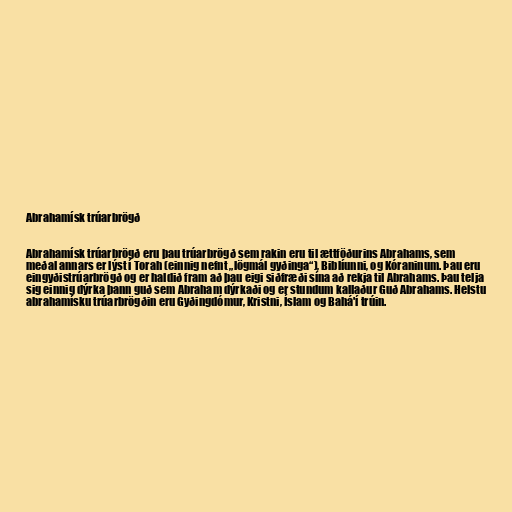
Abrahamísk trúarbrögð

Abrahamísk trúarbrögð eru þau trúarbrögð sem rakin eru til ættföðurins Abrahams, sem
meðal annars er lýst í Torah (einnig nefnt „lögmál gyðinga“), Biblíunni, og Kóraninum. Þau eru
eingyðistrúarbrögð og er haldið fram að þau eigi siðfræði sína að rekja til Abrahams. Þau telja
sig einnig dýrka þann guð sem Abraham dýrkaði og er stundum kallaður Guð Abrahams. Helstu
abrahamísku trúarbrögðin eru Gyðingdómur, Kristni, Íslam og Bahá'í trúin.